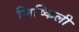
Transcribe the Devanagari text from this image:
मिष्किली